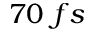
7 0 ~ f s